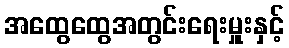
အထွေထွေအတွင်းရေးမှူးနှင့်